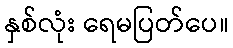
နှစ်လုံး ရေမပြတ်ပေ။